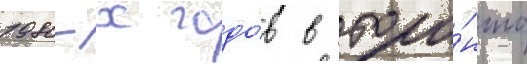
1980-х годо́в в торо́нто